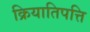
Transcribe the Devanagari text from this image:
क्रियातिपत्ति